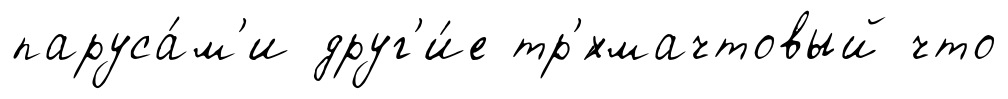
паруса́м'и друг'и́е тр'́хмачтовый что